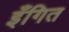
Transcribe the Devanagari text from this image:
इँगित